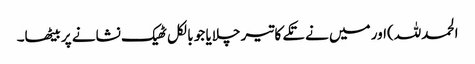
الحمدللہ)اور میں نے تکے کا تیر چلایا جو بالکل ٹھیک نشانے پر بیٹھا۔